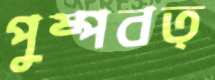
পুষ্পবত্